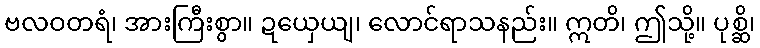
ဗလဝတရံ၊ အားကြီးစွာ။ ဍယှေယျ၊ လောင်ရာသနည်း။ ဣတိ၊ ဤသို့။ ပုစ္ဆိ၊